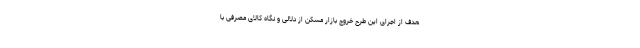
هدف از اجرای این طرح خروج بازار مسکن از دلالی و نگاه کالای مصرفی با